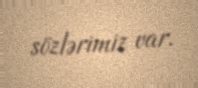
sözlərimiz var.